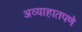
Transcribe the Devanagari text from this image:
अव्याहातपणे